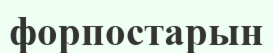
форпостарын